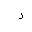
Letter: _zay